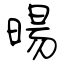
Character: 暘